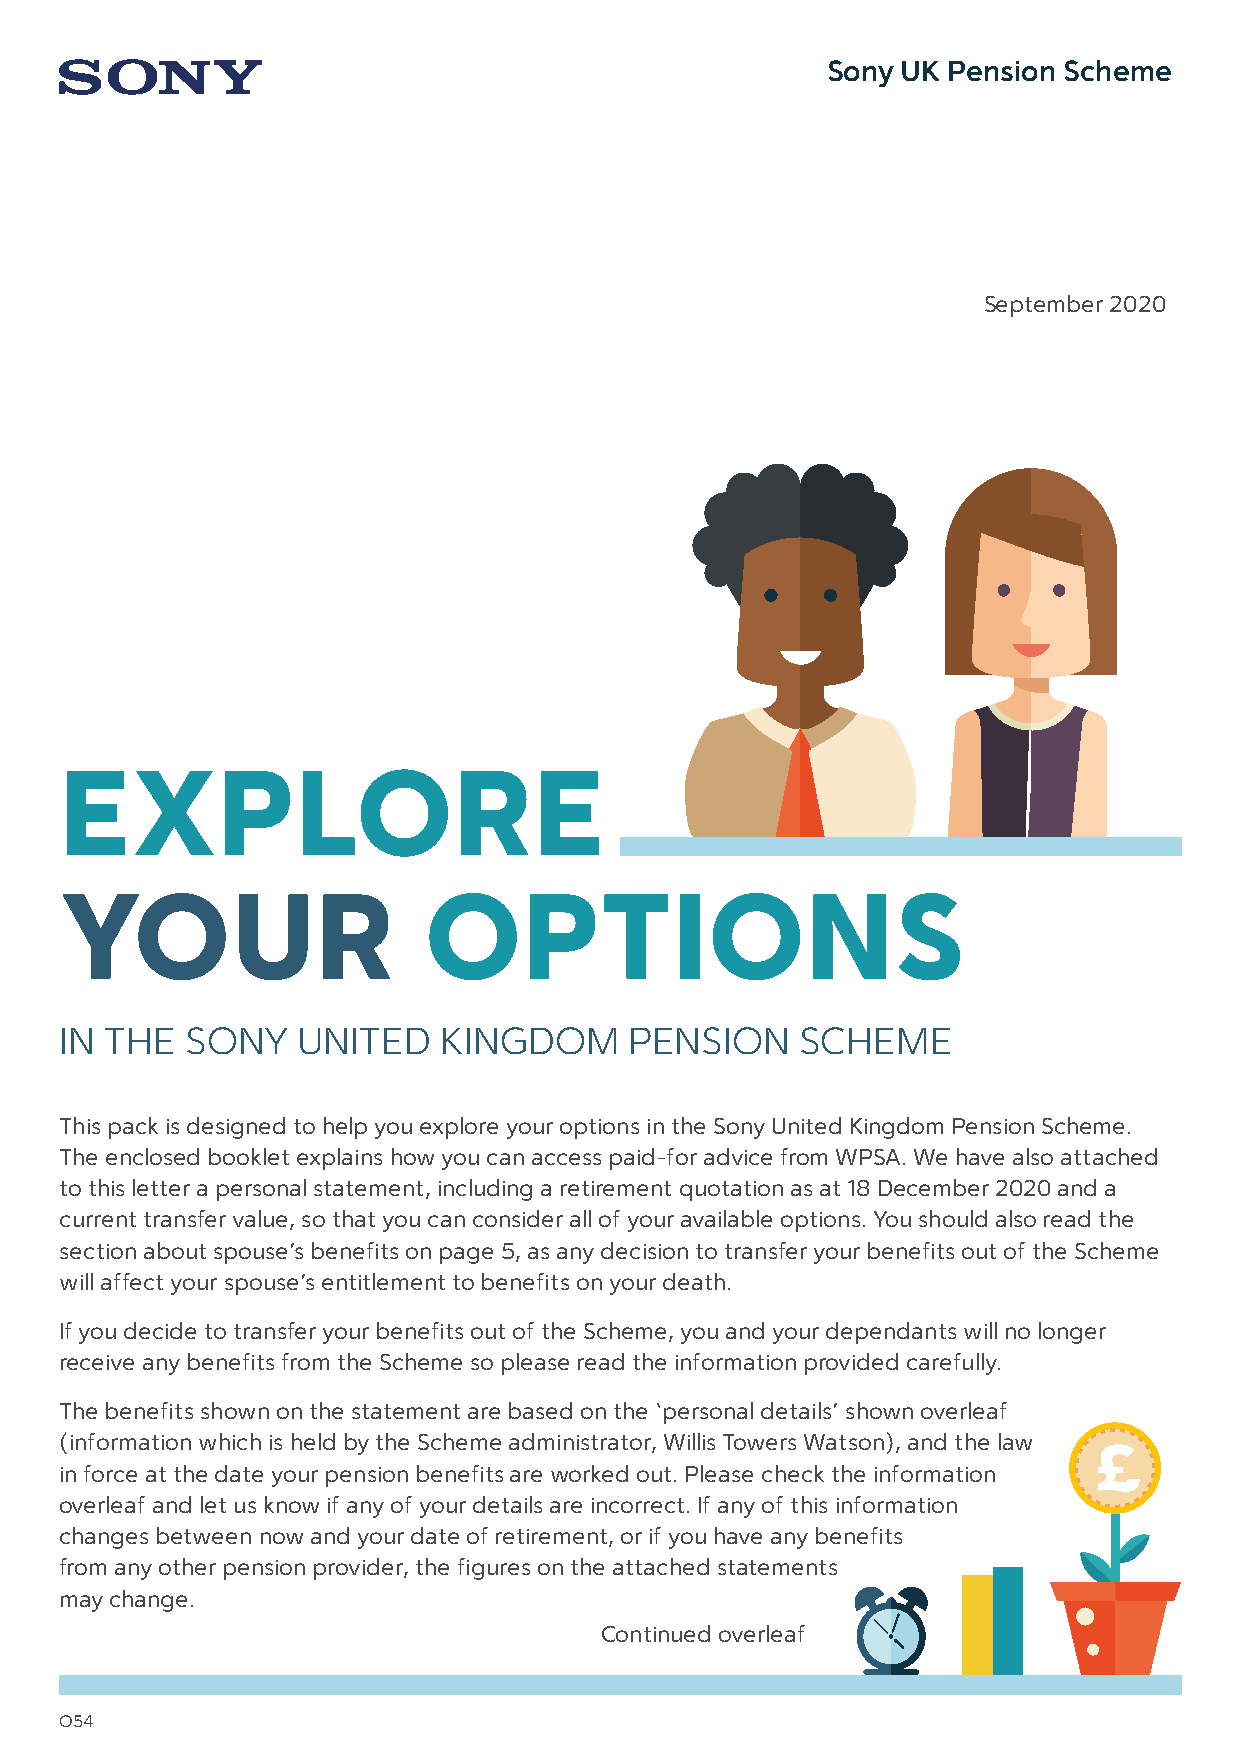
Sony UK Pension Scheme
 September 2020
 EXPLORE
 YOUR                    OPTIONS
 IN THE  SONY    UNITED   KINGDOM      PENSION    SCHEME
 This pack is designed to help you explore your options in the Sony United Kingdom Pension Scheme.
 The enclosed booklet explains how you can access paid-for advice from WPSA. We have also attached
 to this letter a personal statement, including a retirement quotation as at 18 December 2020 and a
 current transfer value, so that you can consider all of your available options. You should also read the
 section about spouse’s benefits on page 5, as any decision to transfer your benefits out of the Scheme
 will affect your spouse’s entitlement to benefits on your death.
 If you decide to transfer your benefits out of the Scheme, you and your dependants will no longer
 receive any benefits from the Scheme so please read the information provided carefully.
 The benefits shown on the statement are based on the ‘personal details’ shown overleaf
 (information which is held by the Scheme administrator, Willis Towers Watson), and the law
 in force at the date your pension benefits are worked out. Please check the information
 overleaf and let us know if any of your details are incorrect. If any of this information
 changes between now and your date of retirement, or if you have any benefits
 from any other pension provider, the figures on the attached statements
 may change.
 Continued overleaf
 O54